Civil Veterinary Department Bengal reports 1923-33 - 1923-1933
Year: 1923
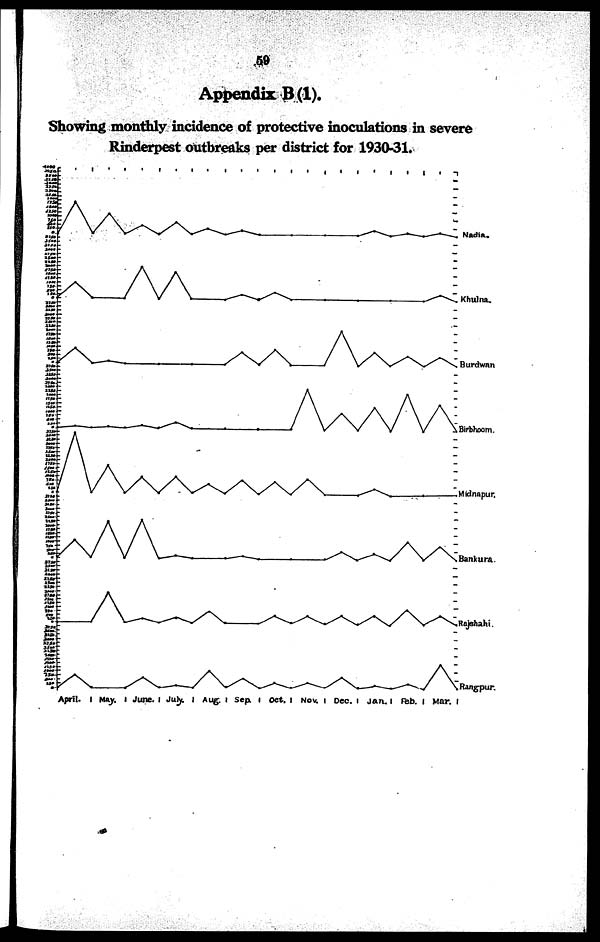
59
Appendix B(l).
Showing monthly incidence of protective inoculations in severe
Rinderpest outbreaks per district for 1930-31.